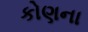
કોણના